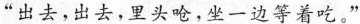
“出去，出去,里头呛，坐一边等着吃。”